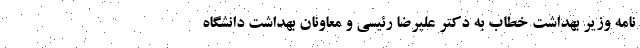
نامه وزیر بهداشت خطاب به دکتر علیرضا رئیسی و معاونان بهداشت دانشگاه